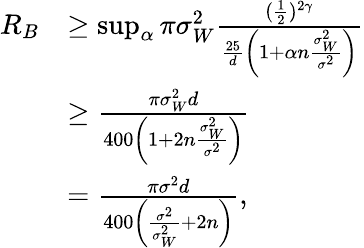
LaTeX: \begin{array}{rl}{R_{B}}&{\geq\operatorname*{sup}_{\alpha}\pi\sigma_{W}^{2}\frac{(\frac{1}{2})^{2\gamma}}{\frac{25}{d}\left(1+\alpha n\frac{\sigma_{W}^{2}}{\sigma^{2}}\right)}}\\ &{\geq\frac{\pi\sigma_{W}^{2}d}{400\left(1+2n\frac{\sigma_{W}^{2}}{\sigma^{2}}\right)}}\\ &{=\frac{\pi\sigma^{2}d}{400\left(\frac{\sigma^{2}}{\sigma_{W}^{2}}+2n\right)},}\end{array}